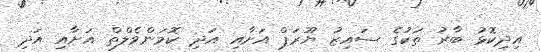
އިދިކޮޅު ބާރު ތަކުގެ ސައިޒު ޔޫރަޕް އަށާއި އަދި ކޮމަންވެލްތް އަށާއި އަދި